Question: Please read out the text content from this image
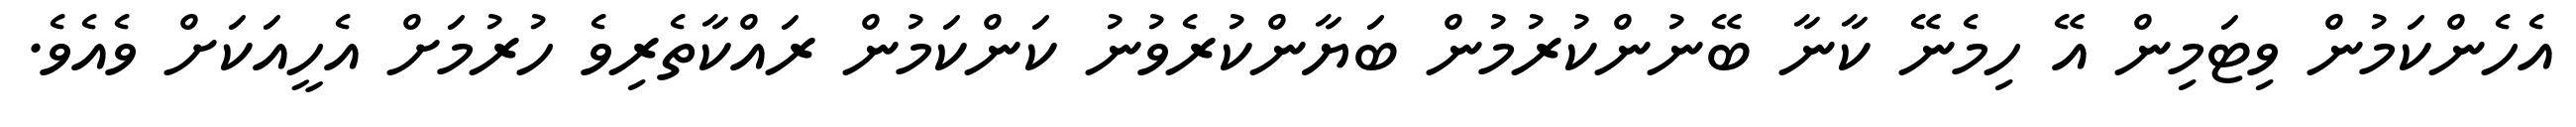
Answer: އެހެންކަމުން ވިޓަމިން އޭ ހިމެނޭ ކާނާ ބޭނުންކުރުމުން ބަޔާންކުރެވުނު ކަންކަމުން ރައްކާތެރިވެ ހުރުމަށް އެހީއަކަށް ވެއެވެ.